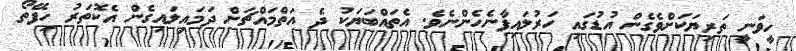
ހީވަނީ ތަރިޔަކަށްވެގެން އުޑުގައި ހަރުލައިފާނެހެންނެވެ. އެތައްބަޔަކު ދެ އަތްމައްޗަށް ދަމައިލައިގެން އެކޮތަރު ހިފޭތޯ